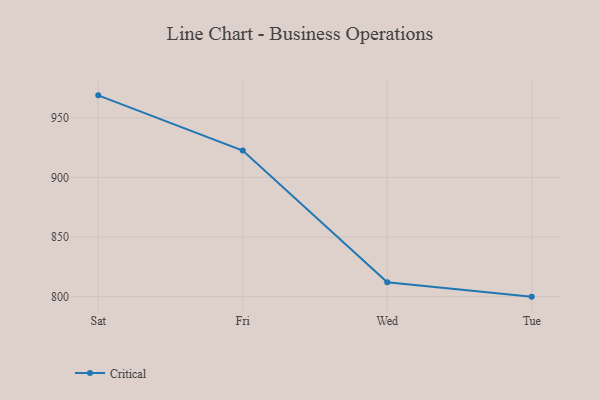
{"axis": {"x": "Day", "y": "Backlog"}, "legend": ["Critical"], "data": [{"x": "Sat", "y": 968.8, "type": "Critical"}, {"x": "Fri", "y": 922.5, "type": "Critical"}, {"x": "Wed", "y": 812.0, "type": "Critical"}, {"x": "Tue", "y": 800, "type": "Critical"}]}